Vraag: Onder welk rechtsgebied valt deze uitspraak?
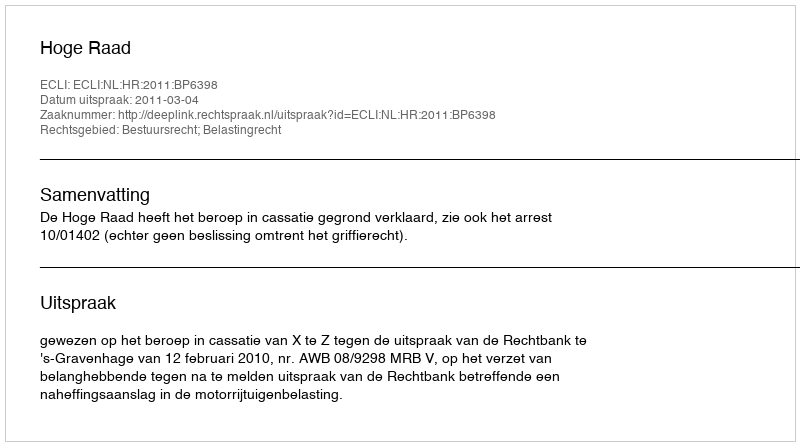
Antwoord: Bestuursrecht; Belastingrecht